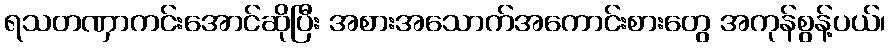
ရသတဏှာကင်းအောင်ဆိုပြီး အစားအသောက်အကောင်းစားတွေ အကုန်စွန့်ပယ်၊